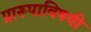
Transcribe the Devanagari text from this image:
प्रारूपाविषयी